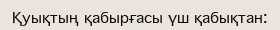
Қуықтың қабырғасы үш қабықтан: